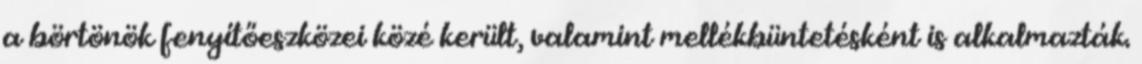
a börtönök fenyítőeszközei közé került, valamint mellékbüntetésként is alkalmazták.